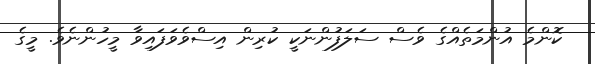
ކޮންމެ އުންމަތެއްގެ ވެސް ސަލަފުންނަކީ ކުރިން އިސްވެވަފައިވާ މީހުންނެވެ. މީގެ